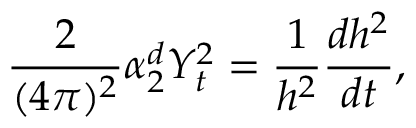
\frac { 2 } { ( 4 \pi ) ^ { 2 } } \alpha _ { 2 } ^ { d } Y _ { t } ^ { 2 } = \frac { 1 } { h ^ { 2 } } \frac { d h ^ { 2 } } { d t } ,